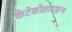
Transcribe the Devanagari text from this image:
केटेकोलामाइन्स